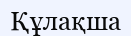
Құлақша